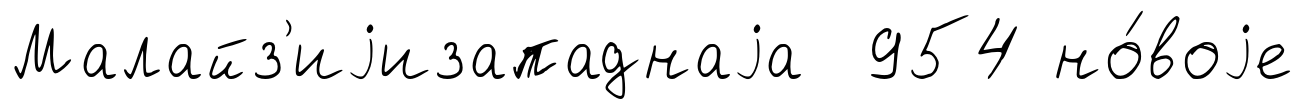
Малайз'иjизападнаjа 954 но́воjе